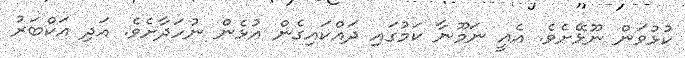
ކުޅުވަން ނޫޅޭށެވެ. އެއީ ނަމޫނާ ކަމުގައި ދައްކައިގެން އުޅެން ނުހަދާށެވެ. އަދި އަކްބަރު